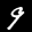
Label: 9